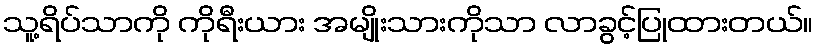
သူ့ရိပ်သာကို ကိုရီးယား အမျိုးသားကိုသာ လာခွင့်ပြုထားတယ်။